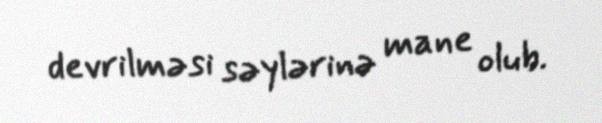
devrilməsi səylərinə mane olub.